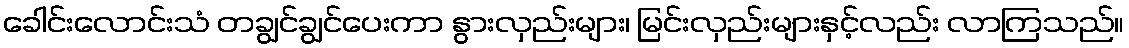
ခေါင်းလောင်းသံ တချွင်ချွင်ပေးကာ နွားလှည်းများ၊ မြင်းလှည်းများနှင့်လည်း လာကြသည်။